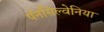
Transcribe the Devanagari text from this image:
पॅनसिल्वेनिया